Vaccination in Bombay 1869-1873 - 1869-1873
Year: 1869
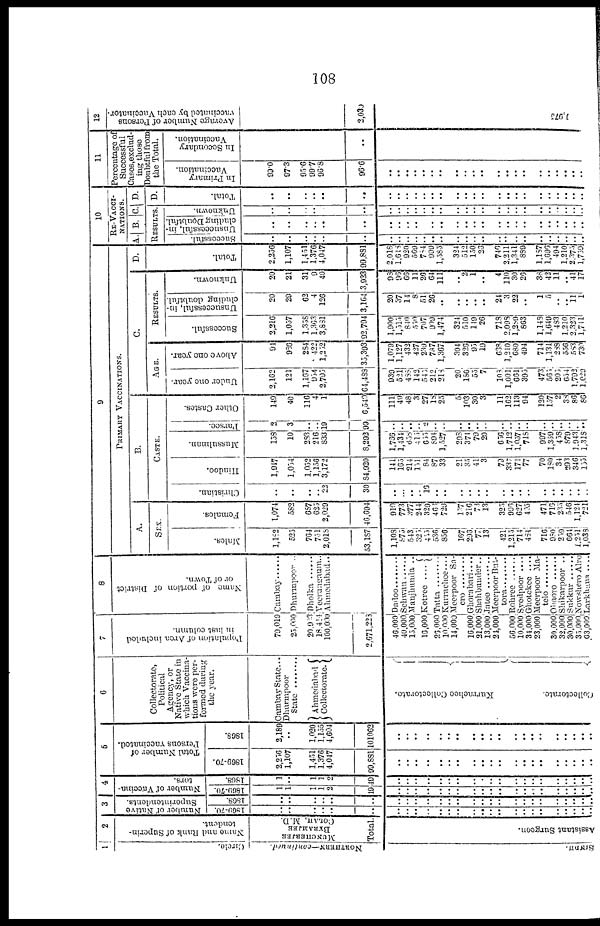
108
1
Circle.
NORTHERN—continued.
SINDH.
2
Name and Rank of Superin-
tendent.
MUNCHERJEE
BYRAMJEE
COLAH, M.D.
Total.
Assistant Surgeon.
3
Number of Native
Superintendents.
1869-70.
..
..
..
..
..
..
..
..
..
..
..
..
..
..
..
..
..
..
..
..
..
..
..
..
..
..
1868.
..
..
..
..
..
..
..
..
..
..
..
..
..
..
..
..
..
..
..
..
..
..
..
..
..
..
4
Number of Vaccina-
tors.
1869-70.
1
1
1
1
2
19
..
..
..
..
..
..
..
..
..
..
..
..
..
..
..
..
..
..
..
..
1868.
1
..
1
1
2
49
..
..
..
..
..
..
..
..
..
..
..
..
..
..
..
..
..
..
..
..
5
Total Number of
Persons vaccinated.
1869-70.
2,256
1,107
1,451
1,376
4,047
99,881
..
..
..
..
..
..
..
..
..
..
..
..
..
..
..
..
..
..
..
..
1868.
2,189
..
1,020
1,155
4,604
101062
..
..
..
..
..
..
..
..
..
..
..
..
..
..
..
..
..
..
..
6
Collectorate,
Political
Agency, or
Native State in
which Vaccina-
tions were per-
formed during
the year.
Cambay State...
Dhurmpoor
State
Ahmedabad
Collectorate.
Kurrachee Collectorate.
Collectorate.
7
Population of Area included
in last column.
79,019
25,000
20,923
18,414
100,000
2,671,228
46,000
40,000
15,000
16,000
26,000
10,000
14,000
16,000
21,000
13,000
24,000
56,000
10,000
34,000
23,000
30,000
32,000
30,000
35,000
63,000
8
Name of portion of District
or of Town.
Cambay
Dhurmpoor..
Dholka
Veeranigaum..
Ahmedabad..
Dadoo
Sehwan
Manjbunda ..
Kotree . . . .
Tatta
Kurrachee...
Meerpoor Sa¬
ero
Ghorabari....
Shahbunder..
Jatee ............
Meerpoor But¬
tora
Rohree
Syedpoor ....
Ghotekee . . . . . .
Meerpoor Ma¬
telo . . . . . . . .
Obaoro
Shikarpoor ..
Sukkur
Nowshero Alro
Larkhana
9
PRIMARY VACCINATIONS.
A.
SEX.
Males.
1,182
525
764
751
2,018
53,187
1, 108
875
543
325
455
536
856
167
296
77
13
421
1,215
714
484
716
980
259
664
1,251
1,038
Females.
1,074
582
687
625
2,029
46,694
910
773
377
244
329
461
729
157
216
73
13
325
996
627
405
471
716
235
546
1,124
721
B.
CASTE.
Christian.
..
..
..
.. 22
30
..
...
..
.. 16
..
..
..
..
..
..
..
..
..
..
..
..
..
..
..
..
Hindoo.
1,947
1,054
1,052
1,156
3,172
84,920
141
165
214
151
84
87
33
21
35
41
3
79
337
171
77
70
180
34
293
346
155
Mussulman.
158
10
283
216
833
8,292
1,766
1,434
658
415
655
894
1,527
298
374
79
20
656
1,712
1,057
718
997
1,359
458
879
1,943
1,318
Parsee.
2
3
..
..
19
99
..
..
..
..
2
..
..
..
.. ..
..
..
..
..
..
..
..
..
..
..
..
Other Castes.
149
40
116
4
1
6,540
111
49
48
3
27
18
25
5
103
30
3
11
162
113
94
120
157
2
38
86
86
C.
AGE.
Under one year.
2,162
121
1,167
954
2,795
64,488
939
521
488
142
545
212
218
20
186
55
7
108
1,001
661
395
473
565
206
654
1,792
1,029
Above one year.
91
986
284
422
1,252
35,393
1,079
1,127
432
427
239
787
1,367
304
326
95
19
638
1,210
680
494
714
1,131
288
556
583
730
RESULTS.
Successful.
2,216
1,057
1,358
1,363
3,881
92,794
1,900
1,515
840
550
707
909
1,474
324
510
149
26
718
2,098
1,187
863
1,143
1,649
483
1,210
2,323
1,741
Unsuccessful, in-
cluding doubtful.
20
29
62
4
126
3,164
20
37
14 8
51
26
..
..
.. ..
..
24
3
22
..
1
5
..
.. 11
1
Unknown.
20
21
31
9
40
3,923
98
96
66
11
26
64
111
..
2
1
..
4
110
30
26
38
42
11
.. 41
17
D.
Total.
2,256
1,107
1,451
1,376
4,047
99,891
2,018
1,648
920
569
784
999
1,585
324
512
150
26
746
2,211
1,341 889
1,157
1,696
494
1,210
2,375
1,759
10
RE-VACCI¬
NATIONS.
A. B. C.
RESULTS.
Successful.
..
..
..
..
..
..
..
..
..
..
..
..
..
..
..
..
..
..
..
..
..
..
..
..
..
.. ..
Unsuccessful, in-
cluding Doubtful.
..
..
..
..
..
..
..
..
..
..
..
..
..
..
..
..
..
..
..
..
..
..
..
..
..
..
..
Unknown.
..
..
..
..
..
..
..
..
..
..
..
..
..
..
..
..
..
..
..
..
..
..
..
..
..
..
..
D.
D.
Total.
..
..
..
..
..
..
..
..
..
..
..
..
..
..
..
..
..
..
..
..
..
..
..
..
..
..
..
11
Percentage of
Successful
Cases,exclud¬
ing those
Doubtful from
the Total.
In Primary
Vaccination.
99.0
97.3
95.6
99.7
96.8
96.6
..
..
..
.. ..
..
.. ..
.. ..
..
..
..
..
..
..
..
.. ..
..
..
In Secondary
Vaccination.
..
..
12
Average Number of Persons
vaccinated by each Vaccinator.
2,030
1,975